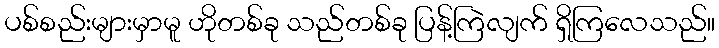
ပစ်စည်းများမှာမူ ဟိုတစ်ခု သည်တစ်ခု ပြန့်ကြဲလျက် ရှိကြလေသည်။